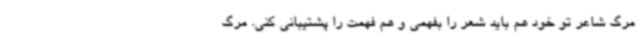
مرگ شاعر تو خود هم باید شعر را بفهمی و هم فهمت را پشتیبانی کنی. مرگ